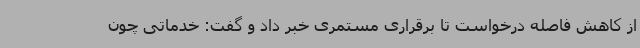
از کاهش فاصله درخواست تا برقراری مستمری خبر داد و گفت: خدماتی چون